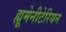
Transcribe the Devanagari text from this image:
ह्यूमेनीटेरियन